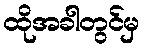
ထိုအခါတွင်မှ